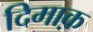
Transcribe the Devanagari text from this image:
दिमाक़